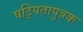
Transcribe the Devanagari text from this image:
षट्पितापुत्रक